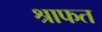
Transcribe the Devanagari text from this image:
श्राफत